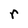
Character: r